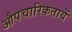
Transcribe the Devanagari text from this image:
औपचारिकतायें